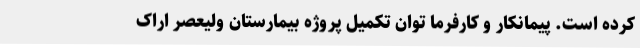
کرده است. پیمانکار و کارفرما توان تکمیل پروژه بیمارستان ولیعصر اراک